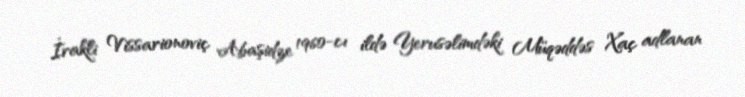
İrakli Vissarionoviç Abaşidze 1960-cı ildə Yerusəlimdəki Müqəddəs Xaç adlanan